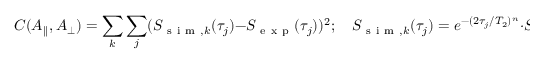
C ( A _ { | | } , A _ { \perp } ) = \sum _ { k } \sum _ { j } ( S _ { \mathrm { ~ s ~ i ~ m ~ } , k } ( \tau _ { j } ) - S _ { \mathrm { ~ e ~ x ~ p ~ } } ( \tau _ { j } ) ) ^ { 2 } ; \quad S _ { \mathrm { ~ s ~ i ~ m ~ } , k } ( \tau _ { j } ) = e ^ { - ( 2 \tau _ { j } / T _ { 2 } ) ^ { n } } \cdot S _ { \mathrm { ~ b ~ a ~ t ~ h ~ } , k } ( \tau _ { j } ) \cdot S ( \tau _ { j } , A _ { | | } , A _ { \perp } ) .